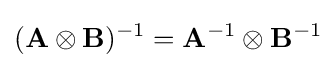
(\mathbf {A} \otimes \mathbf {B} )^{-1}=\mathbf {A} ^{-1}\otimes \mathbf {B} ^{-1}